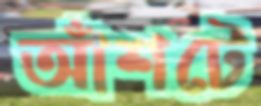
আঁশটে